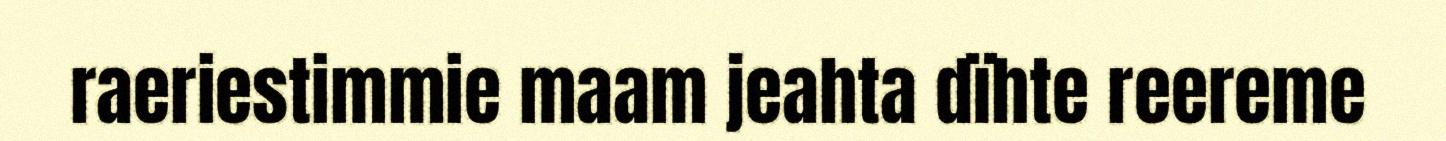
raeriestimmie maam jeahta dïhte reereme